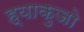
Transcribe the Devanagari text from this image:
ह्याकुजो